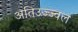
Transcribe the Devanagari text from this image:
अतिउज्ज्वल